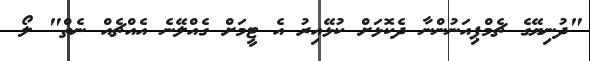
"ދުނިޔޭގެ ޗެމްޕިއަނުންނާ ދެކޮޅަށް ކުޅޭއިރު އެ ޓީމަށް ގެއްލޭނެ އެއްޗެއް ނެތް" ލޯ